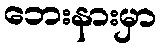
ဘေးနားမှာ